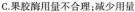
C.果胶酶用量不合理；减少用量